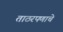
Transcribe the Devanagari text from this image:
ताठरपणाचे